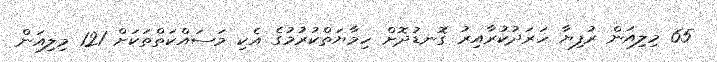
65 މިލިއަން ރުފިޔާ ހަރަދުކުރާއިރު ގޮނޑުދޮށް ހިމާޔަތްކުރުމުގެ އެކި މަސައްކަތްތަކަށް 121 މިލިއަން